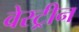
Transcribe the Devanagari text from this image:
वेरट्रीन